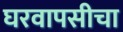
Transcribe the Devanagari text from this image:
घरवापसीचा